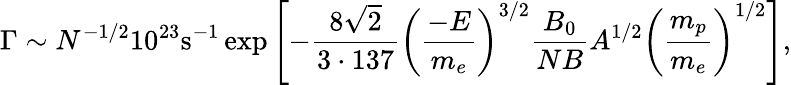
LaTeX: \Gamma\sim N^{-1/2}10^{23}\mathrm{s}^{-1}\exp\left[-{\frac{8\sqrt{2}}{3\cdot 137}}\left({\frac{-E}{m_{e}}}\right)^{3/2}{\frac{B_{0}}{NB}}A^{1/2}\left({\frac{m_{p}}{m_{e}}}\right)^{1/2}\right],